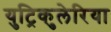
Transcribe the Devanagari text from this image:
युट्रिकुलेरिया